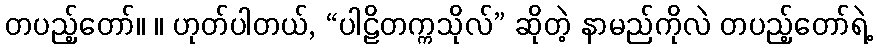
တပည့်တော်။ ။ ဟုတ်ပါတယ်, “ပါဠိတက္ကသိုလ်” ဆိုတဲ့ နာမည်ကိုလဲ တပည့်တော်ရဲ့